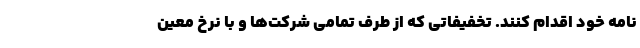
‌نامه خود اقدام کنند. تخفیفاتی که از طرف تمامی شرکت‌ها و با نرخ معین